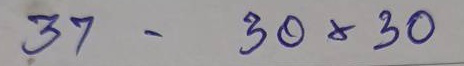
37 - 30x30